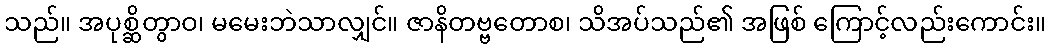
သည်။ အပုစ္ဆိတွာဝ၊ မမေးဘဲသာလျှင်။ ဇာနိတဗ္ဗတောစ၊ သိအပ်သည်၏ အဖြစ် ကြောင့်လည်းကောင်း။